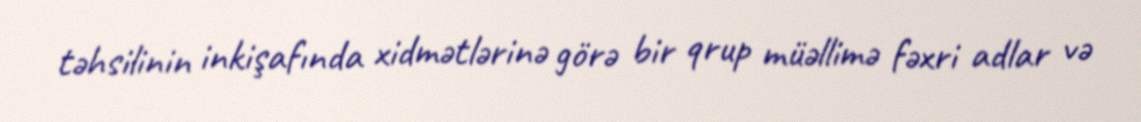
təhsilinin inkişafında xidmətlərinə görə bir qrup müəllimə fəxri adlar və